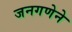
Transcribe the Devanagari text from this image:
जनगणेने